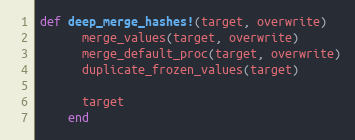
Language: Ruby
def deep_merge_hashes!(target, overwrite)
      merge_values(target, overwrite)
      merge_default_proc(target, overwrite)
      duplicate_frozen_values(target)

      target
    end